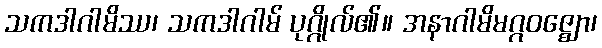
သကဒါဂါမိဿ၊ သကဒါဂါမ် ပုဂ္ဂိုလ်၏။ အနာဂါမိမဂ္ဂဝဇ္ဈော၊